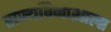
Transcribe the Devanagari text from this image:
राज्यविनाशाला